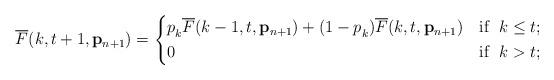
LaTeX: \begin{align*}\overline{F}(k,t+1,\mathbf{p}_{n+1}) = \begin{dcases}p_{k}^{} \overline{F}(k-1,t,\mathbf{p}_{n+1}) + (1 - p_{k}^{}) \overline{F}(k,t,\mathbf{p}_{n+1}) & \textnormal{if } \; k \le t; \\0 & \textnormal{if } \; k > t; \end{dcases}\end{align*}